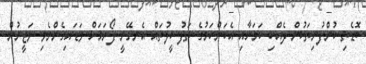
ބޮޑެތި ކުންފުނިތަކުން ދެއްކި ކަމަށާއި އެކަންކަމުގެ ތަފުސީލުތައް އެނގޭނީ ފޯރަމަށް ވަޑައިގެންނެވި ވަޒީރުން